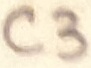
Text: C3